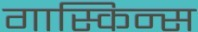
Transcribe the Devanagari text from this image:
गास्किन्स